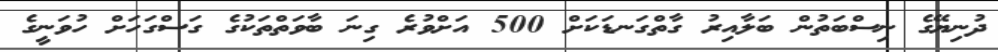
ދުނިޔޭގެ ނިސްބަތުން ބަލާއިރު ގާތްގަނޑަކަށް 500 އަށްވުރެ ގިނަ ބާވަތްތަކުގެ ގަސްގަހަށް ހުވަނީގެ